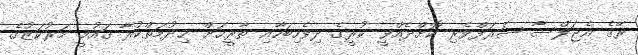
ރޭގެ އެޖަލްސާ ޝަރަފްވެރި ކޮށްދެއްވީ ކުރީގެ ދިވެހިބަހާއި ތާރީޚަށް ޚިދުމަތްކުރާ ޤައުމީ މަރުކަޒުގެ